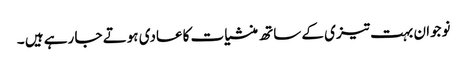
نوجوان بہت تیزی کے ساتھ منشیات کاعادی ہوتے جا رہے ہیں ۔